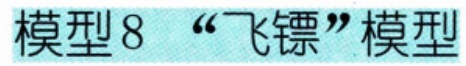
模型8 “飞镖”模型